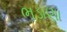
ભડાણા